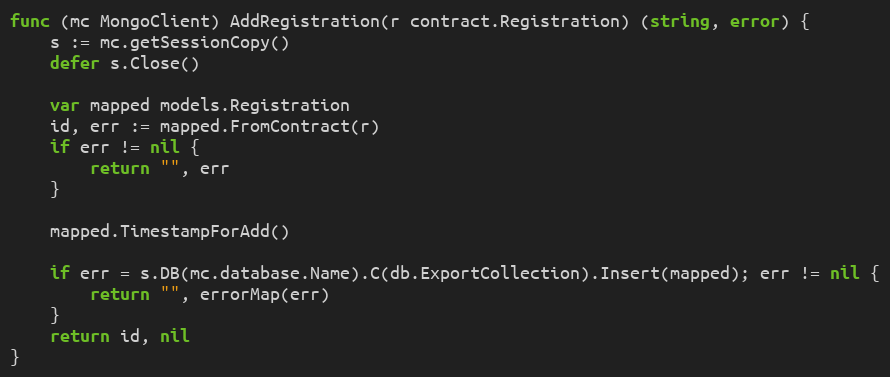
Language: Go
func (mc MongoClient) AddRegistration(r contract.Registration) (string, error) {
	s := mc.getSessionCopy()
	defer s.Close()

	var mapped models.Registration
	id, err := mapped.FromContract(r)
	if err != nil {
		return "", err
	}

	mapped.TimestampForAdd()

	if err = s.DB(mc.database.Name).C(db.ExportCollection).Insert(mapped); err != nil {
		return "", errorMap(err)
	}
	return id, nil
}